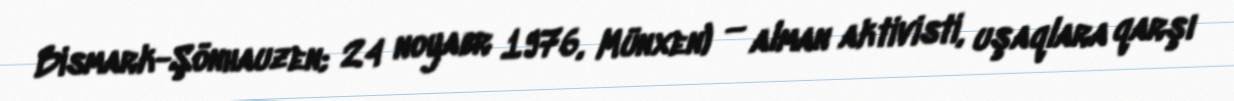
Bismark-Şönhauzen; 24 noyabr 1976, Münxen) — alman aktivisti, uşaqlara qarşı